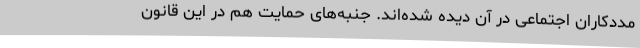
مددکاران اجتماعی در آن دیده شده‌اند. جنبه‌های حمایت هم در این قانون